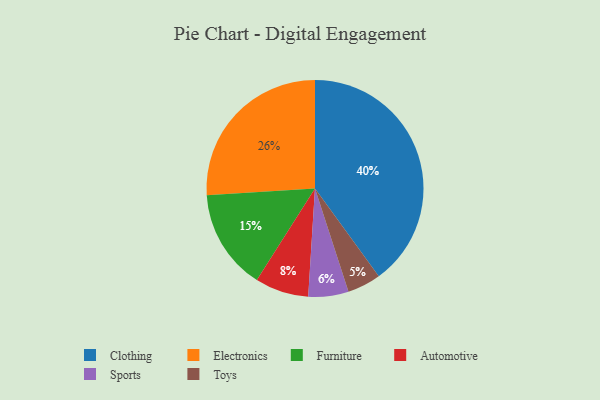
{"axis": {"x": "Category", "y": "Percentage"}, "legend": ["Automotive", "Clothing", "Electronics", "Furniture", "Sports", "Toys"], "data": [{"x": "Clothing", "y": 40, "type": "Clothing"}, {"x": "Electronics", "y": 26, "type": "Electronics"}, {"x": "Automotive", "y": 8, "type": "Automotive"}, {"x": "Sports", "y": 6, "type": "Sports"}, {"x": "Toys", "y": 5, "type": "Toys"}, {"x": "Furniture", "y": 15, "type": "Furniture"}]}